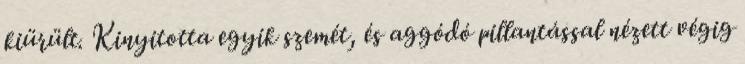
kiürült. Kinyitotta egyik szemét, és aggódó pillantással nézett végig